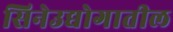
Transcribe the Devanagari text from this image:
सिनेउद्योगातील